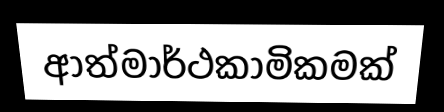
ආත්මාර්ථකාමිකමක්